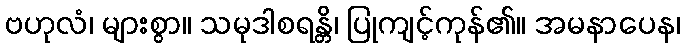
ဗဟုလံ၊ များစွာ။ သမုဒါစရန္တိ၊ ပြုကျင့်ကုန်၏။ အမနာပေန၊